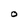
Character: O